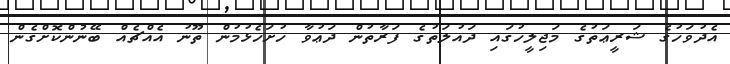
އެދުވަހުގެ ޝަރީޢަތުގެ މަޖިލީހުގައި ދައުލަތުގެ ފަރާތުން ދަޢުވާ ހުށަހެޅުމުން ތޫނު އެއްޗެއް ބޭނުންކޮށްގެން